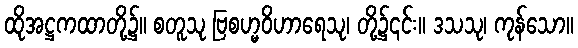
ထိုအဋ္ဌကထာတို့၌။ စတူသု ဗြစဟ္မဝိဟာရေသု၊ တို့၌၎င်း။ ဒသသု၊ ကုန်သော။